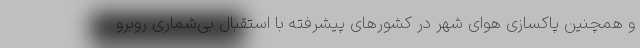
و همچنین پاکسازی هوای شهر در کشورهای پیشرفته با استقبال بی‌شماری روبرو